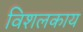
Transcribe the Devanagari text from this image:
विशलकाय